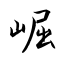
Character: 崛